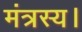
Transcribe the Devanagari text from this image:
मंत्रस्य।